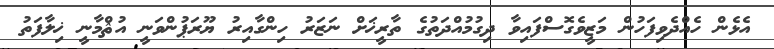
އެޅެން ހެއްދެވިފަހުން މަޒީވެގޮސްފައިވާ ދިގުމުއްދަތުގެ ތާރީޚަށް ނަޒަރު ހިންގާއިރު ޔޫރަޕުންވަނީ އުޘްމާނީ ޚިލާފަތު